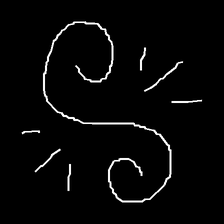
Glyph: wind-directs-air